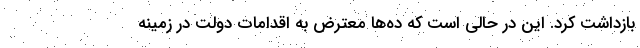
بازداشت کرد. این در حالی است که ده‌ها معترض به اقدامات دولت در زمینه